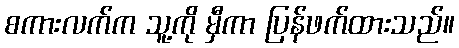
စကားလက်က သူ့ကို မှီကာ ပြန်ဖက်ထားသည်။